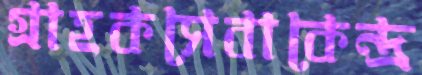
গ্রাহকসেবাকেন্দ্র